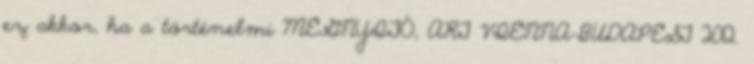
ez akkor, ha a történelmi MEGNYITÓ, ART VIENNA-BUDAPEST 2012.